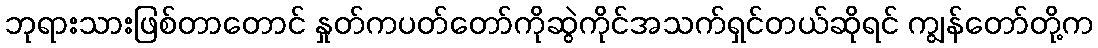
ဘုရားသားဖြစ်တာတောင် နှုတ်ကပတ်တော်ကိုဆွဲကိုင်အသက်ရှင်တယ်ဆိုရင် ကျွန်တော်တို့က